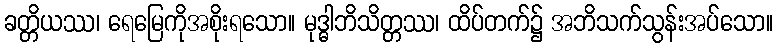
ခတ္တိယဿ၊ ရေမြေကိုအစိုးရသော။ မုဒ္ဓါဘိသိတ္တဿ၊ ထိပ်တက်၌ အဘိသက်သွန်းအပ်သော။